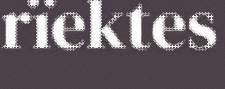
rïektes